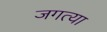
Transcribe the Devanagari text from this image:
जगत्या